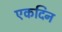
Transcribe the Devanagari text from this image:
एकदिन